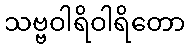
သဗ္ဗဝါရိဝါရိတော